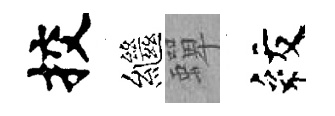
挍繼蟬紋